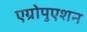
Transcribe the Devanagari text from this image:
एग्रोपुएशन